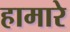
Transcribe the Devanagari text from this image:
हामारे